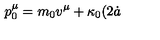
p _ { 0 } ^ { \mu } = m _ { 0 } v ^ { \mu } + \kappa _ { 0 } ( 2 { \dot { a } }